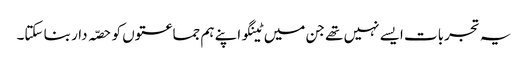
یہ تجربات ایسے نہیں تھے جن میں ٹینگو اپنے ہم جماعتوں کو حصّہ دار بنا سکتا۔